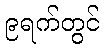
၉ရက်တွင်